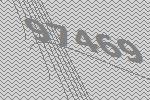
97469